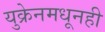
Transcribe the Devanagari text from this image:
युक्रेनमधूनही